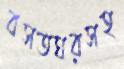
বসতঘরসহ